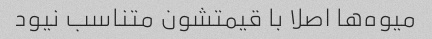
میوه‌ها اصلا با قیمتشون متناسب نیود